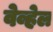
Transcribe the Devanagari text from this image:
वेव्हेल